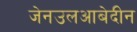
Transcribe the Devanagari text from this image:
जेनउलआबेदीन